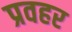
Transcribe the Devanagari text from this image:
प्रवहर